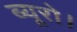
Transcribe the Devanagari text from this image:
ब्यूरो।